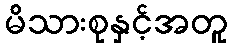
မိသားစုနှင့်အတူ